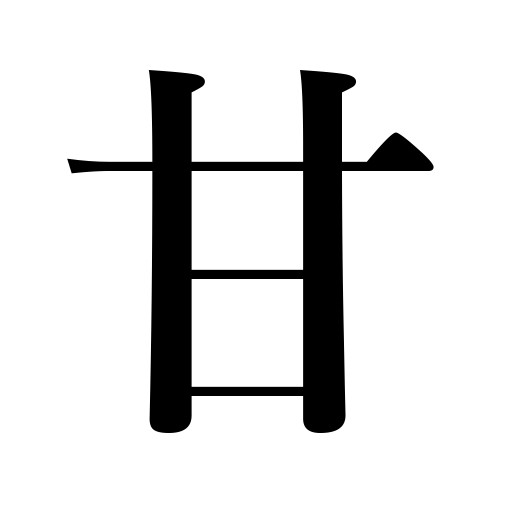
Meanings: honeyed words,trashy,lenient,loose,sentimental,pamper,half-witted,sweet,easy-going,soft,coddle,take advantage of,be indulgent,presume upon,mild,coax